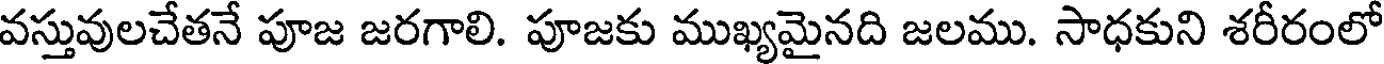
వస్తువులచేతనే పూజ జరగాలి. పూజకు ముఖ్యమైనది జలము. సాధకుని శరీరంలో